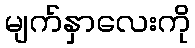
မျက်နှာလေးကို